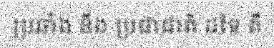
ប្រឆាំង នឹង ប្រជាជាតិ ដទៃ គឺ